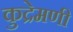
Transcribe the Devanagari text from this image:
कुद्रेमणी